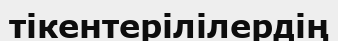
тікентерілілердің